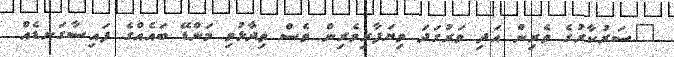
"ސަރުކާރުގެ ވެރިން އަދި ވަރުގަދަ ވިޔަފާރިވެރިން ވެސް ވިދާޅުވި މަންޑޭ ބައެއްގެ ފައިސާގަނޑެއް